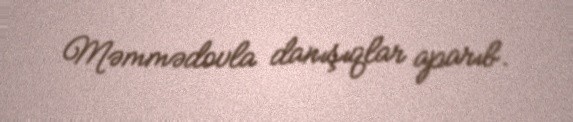
Məmmədovla danışıqlar aparıb.